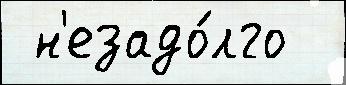
 н'езадо́лго